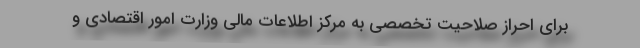
برای احراز صلاحیت تخصصی به مرکز اطلاعات مالی وزارت امور اقتصادی و